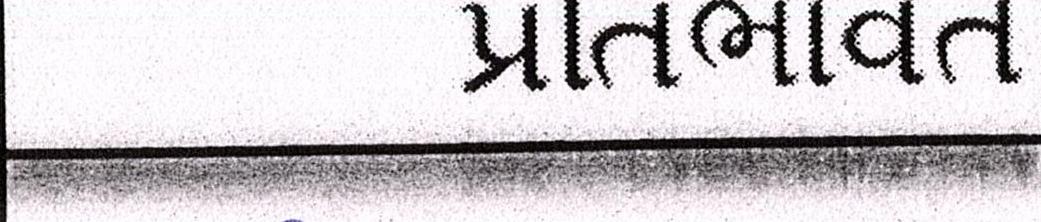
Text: પ્રતિભાવંત